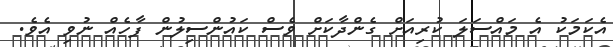
އެކަމަކު އެ މައްސަލަ ކުރިއަށް ގެންދާކަށް ވެސް ކައުންސިލުން ފާހެއް ނުވި އެވެ.